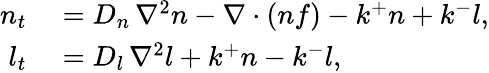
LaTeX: \begin{array}{rl}{n_{t}}&{{}=D_{n}\, \nabla^{2}n-\nabla\cdot\left(nf\right)-k^{+}n+k^{-}l,}\\ {l_{t}}&{{}=D_{l}\, \nabla^{2}l+k^{+}n-k^{-}l,}\end{array}